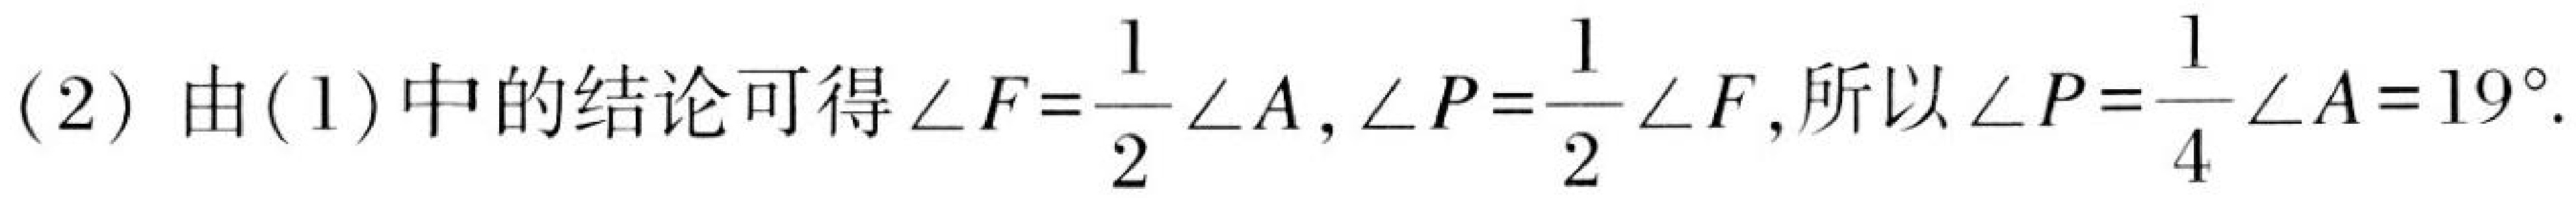
(2) 由(1)中的结论可得\(\angle F=\dfrac{1}{2}\angle A,\angle P = \dfrac{1}{2}\angle F\),所以\(\angle P=\dfrac{1}{4}\angle A = 19^{\circ}\).